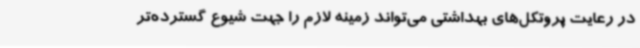
در رعایت پروتکل‌های بهداشتی می‌تواند زمینه لازم را جهت شیوع گسترده‌تر